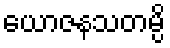
ယောဇနသတမ္ပိ